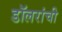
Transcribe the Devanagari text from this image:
डॉलरांची